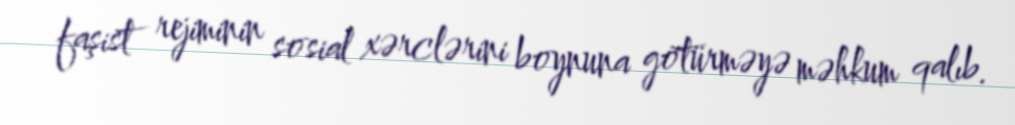
faşist rejiminin sosial xərclərini boynuna götürməyə məhkum qalıb.